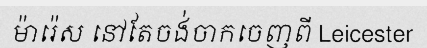
ម៉ារ៉េស នៅតែចង់ចាកចេញពី Leicester